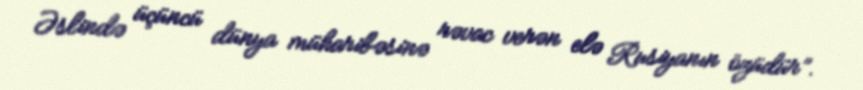
Əslində üçüncü dünya müharibəsinə rəvac verən elə Rusiyanın özüdür”.